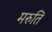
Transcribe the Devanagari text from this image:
मरुति